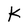
Character: K